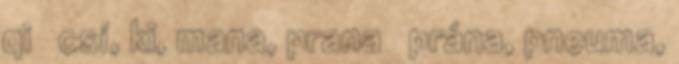
qi csí, ki, mana, prana prána, pneuma,